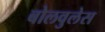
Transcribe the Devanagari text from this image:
बोलवुलेस